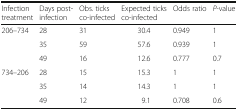
<table><thead><tr><td><b>Infection treatment</b></td><td><b>Days post-infection</b></td><td><b>Obs. ticks co-infected</b></td><td><b>Expected ticks co-infected</b></td><td><b>Odds ratio</b></td><td><b><i>P-</i>value</b></td></tr></thead><tbody><tr><td rowspan="3">206–734</td><td>28</td><td>31</td><td>30.4</td><td>0.949</td><td>1</td></tr><tr><td>35</td><td>59</td><td>57.6</td><td>0.939</td><td>1</td></tr><tr><td>49</td><td>16</td><td>12.6</td><td>0.777</td><td>0.7</td></tr><tr><td rowspan="3">734–206</td><td>28</td><td>15</td><td>15.3</td><td>1</td><td>1</td></tr><tr><td>35</td><td>14</td><td>14.3</td><td>1</td><td>1</td></tr><tr><td>49</td><td>12</td><td>9.1</td><td>0.708</td><td>0.6</td></tr></tbody></table>